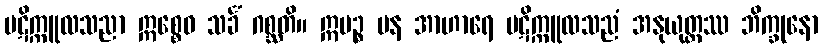
ပဋိက္ကူလသညာ ဣစ္စေဝ သင်္ခံ ဂစ္ဆတိ။ ဣမဉ္စ ပန အာဟာရေ ပဋိက္ကူလသညံ အနုယုတ္တဿ ဘိက္ခုနော